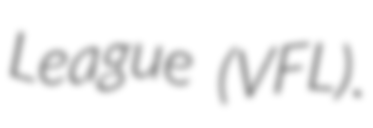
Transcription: League (VFL).